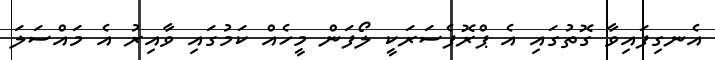
އެނގިފައިވާ ގޮތުގައި އެ ޕްރޮފެސަރަކީ ލޯފަން މީހެއް ކަމުގައި ވާއިރު އެ މައްސަލަ